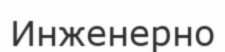
Инженерно